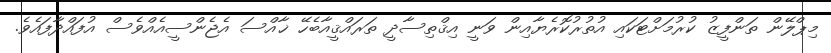
މިޕްލޭން ތަންފީޒު ކުރުމަށްޓަކައި އުތުރުކޮރެޔާއިން ވަނީ އިޤްތިސާދީ ތަރައްޤީއާބެހޭ ޚާއްސަ އެޖެންސީއެއްވެސް އުފައްދާފައެވެ.